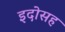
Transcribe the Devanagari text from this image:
इदोसह